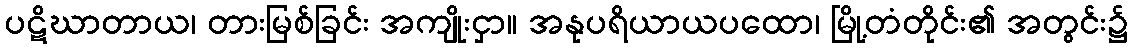
ပဋိဃာတာယ၊ တားမြစ်ခြင်း အကျိုးငှာ။ အနုပရိယာယပထော၊ မြို့တံတိုင်း၏ အတွင်း၌